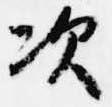
次